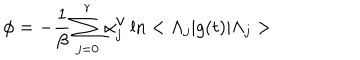
\phi = - \frac { 1 } { \beta } \sum _ { j = 0 } ^ { r } \alpha _ { j } ^ { \mathrm { v } } \ln < \Lambda _ { j } | g ( t ) | \Lambda _ { j } >